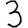
Digit: 3